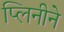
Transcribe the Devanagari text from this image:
प्लिनीने